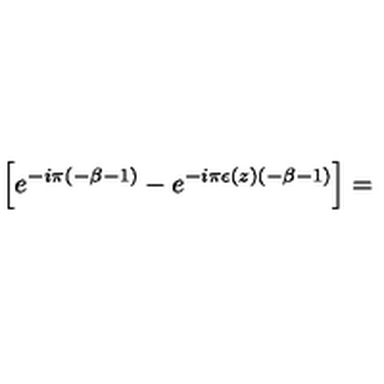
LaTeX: \left[ e ^ { - i \pi ( - \beta - 1 ) } - e ^ { - i \pi \epsilon ( z ) ( - \beta - 1 ) } \right] =